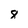
Character: 8